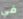
في